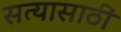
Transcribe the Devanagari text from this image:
सत्यासाठीं